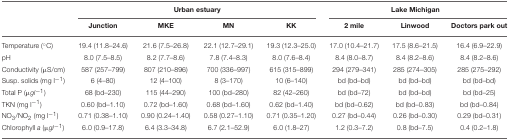
<table><thead><tr><td>[EMPTY_CELL]</td><td colspan="4"><b>Urban estuary</b></td><td colspan="3"><b>Lake Michigan</b></td></tr><tr><td>[EMPTY_CELL]</td><td><b>Junction</b></td><td><b>MKE</b></td><td><b>MN</b></td><td><b>KK</b></td><td><b>2 mile</b></td><td><b>Linwood</b></td><td><b>Doctors park out</b></td></tr></thead><tbody><tr><td>Temperature (°C)</td><td>19.4 (11.8–24.6)</td><td>21.6 (7.5–26.8)</td><td>22.1 (12.7–29.1)</td><td>19.3 (12.3–25.0)</td><td>17.0 (10.4–21.7)</td><td>17.5 (8.6–21.5)</td><td>16.4 (6.9–22.9)</td></tr><tr><td>pH</td><td>8.0 (7.5–8.5)</td><td>8.2 (7.7–8.6)</td><td>7.8 (7.4–8.3)</td><td>8.0 (7.6–8.4)</td><td>8.4 (8.0–8.7)</td><td>8.4 (8.2–8.6)</td><td>8.4 (8.2–8.6)</td></tr><tr><td>Conductivity (μS/cm)</td><td>587 (257–799)</td><td>807 (210–896)</td><td>700 (336–997)</td><td>615 (315–899)</td><td>294 (279–341)</td><td>285 (274–305)</td><td>285 (275–292)</td></tr><tr><td>Susp. solids (mg l<sup>−1</sup>)</td><td>6 (4–80)</td><td>12 (4–100)</td><td>8 (3–170)</td><td>10 (6–140)</td><td>bd (bd–bd)</td><td>bd (bd–bd)</td><td>bd (bd–bd)</td></tr><tr><td>Total P (μ<i>gl</i><sup>−1</sup>)</td><td>68 (bd–230)</td><td>115 (44–290)</td><td>100 (bd–280)</td><td>82 (42–260)</td><td>bd (bd–72)</td><td>bd (bd–bd)</td><td>bd (bd–25)</td></tr><tr><td>TKN (mg l<sup>−1</sup>)</td><td>0.60 (bd–1.10)</td><td>0.72 (bd–1.60)</td><td>0.68 (bd–1.60)</td><td>0.62 (bd–1.40)</td><td>bd (bd–0.62)</td><td>bd (bd–0.83)</td><td>bd (bd–0.84)</td></tr><tr><td>NO<sub>3</sub>/NO<sub>2</sub> (mg l<sup>−1</sup>)</td><td>0.71 (0.38–1.10)</td><td>0.90 (0.24–1.40)</td><td>0.58 (0.27–1.10)</td><td>0.71 (0.35–1.20)</td><td>0.27 (bd–0.44)</td><td>0.26 (bd–0.30)</td><td>0.29 (bd–0.31)</td></tr><tr><td>Chlorophyll <i>a</i> (μ<i>gl</i><sup>−1</sup>)</td><td>6.0 (0.9–17.8)</td><td>6.4 (3.3–34.8)</td><td>6.7 (2.1–52.9)</td><td>6.0 (1.8–27)</td><td>1.2 (0.3–7.2)</td><td>0.8 (bd–7.5)</td><td>0.4 (0.2–1.8)</td></tr></tbody></table>